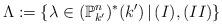
LaTeX: \begin{align*}\Lambda := \{ \lambda \in (\mathbb P^n_{k'})^*(k')\,|\, (I), (II)\}\end{align*}